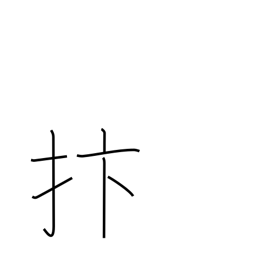
Meaning: strike with hand